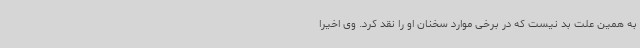
به همین علت بد نیست که در برخی موارد سخنان او را نقد کرد. وی اخیرا